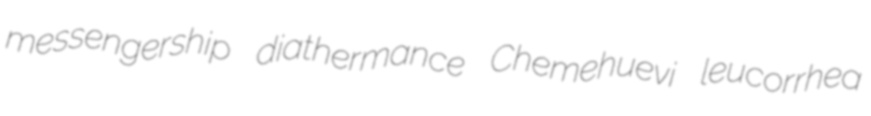
messengership diathermance Chemehuevi leucorrhea